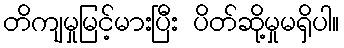
တိကျမှုမြင့်မားပြီး ပိတ်ဆို့မှုမရှိပါ။